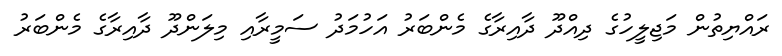
ރައްޔިތުން މަޖިލީހުގެ ދިއްދޫ ދާއިރާގެ މެންބަރު އަހުމަދު ސަމީރާއި މިލަންދޫ ދާއިރާގެ މެންބަރު